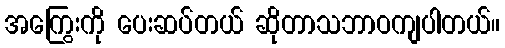
အကြွေးကို ပေးဆပ်တယ် ဆိုတာသဘာဝကျပါတယ်။